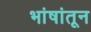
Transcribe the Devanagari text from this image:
भांषांतून